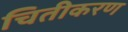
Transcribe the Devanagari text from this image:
चितीकरण